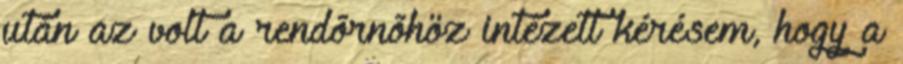
után az volt a rendõrnõhöz intézett kérésem, hogy a